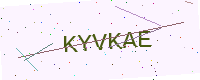
Text: KYVKAE